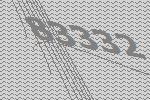
83332